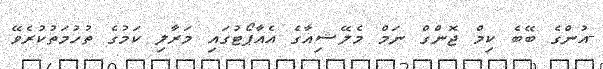
-އުންގެ ބޭބެ ކިމް ޖޮންގް ނަމް މެލޭޝިއާގެ އެއާޕޯޓުގައި މަރާލި ކަމުގެ ތުހުމަތުކުރެވޭ